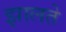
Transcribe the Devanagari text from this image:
झालते